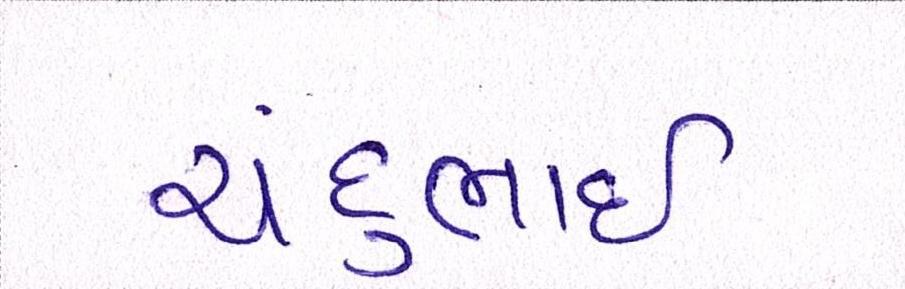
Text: ચંદુભાઈ